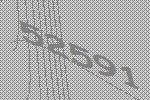
52591